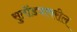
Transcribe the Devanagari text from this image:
सुतोंड्यावरील